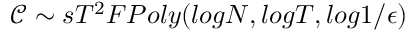
\mathcal { C } \sim s T ^ { 2 } F P o l y ( l o g N , l o g T , l o g 1 / \epsilon )